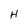
Character: H